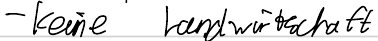
- keine Landwirtschaft